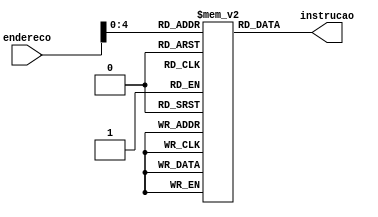
module instruction_memory(endereco, instrucao);

input [31:0] endereco;
output reg [31:0] instrucao;
reg [31:0] instrucoes[31:0];

always @(endereco)
begin
 instrucao=instrucoes[endereco];
end

initial
begin
	instrucoes[0] 	= 32'b11111111111111111111111111111111; //LW
	instrucoes[1] 	= 32'b00111000000100000000000000000011; //SW
	instrucoes[2] 	= 32'b11111111111111111111111111111111; //ADD
	instrucoes[3] 	= 32'b11111111111111111111111111111111; //SUB
	instrucoes[4] 	= 32'b11111111111111111111111111111111; //MUL
	instrucoes[5] 	= 32'b11111111111111111111111111111111; //DIV
	instrucoes[6] 	= 32'b11111111111111111111111111111111; //AND
	instrucoes[7] 	= 32'b11111111111111111111111111111111; //OR
	instrucoes[8] 	= 32'b11111111111111111111111111111111; //SHL
	instrucoes[9] 	= 32'b11111111111111111111111111111111; //SHR
	instrucoes[10] = 32'b11111111111111111111111111111111; //CMP
	instrucoes[11] = 32'b11111111111111111111111111111111; //NOT
	instrucoes[12] = 32'b11111111111111111111111111111111; //JR
	instrucoes[13] = 32'b11111111111111111111111111111111; //JPC
	instrucoes[14] = 32'b11111111111111111111111111111111; //BRFL
	instrucoes[15] = 32'b11111111111111111111111111111111; //CALL
	instrucoes[16] = 32'b11111111111111111111111111111111; //RET
	instrucoes[17] = 32'b11111111111111111111111111111111; //NOP
end

endmodule